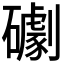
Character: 𥗌